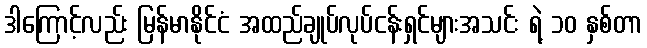
ဒါကြောင့်လည်း မြန်မာနိုင်ငံ အထည်ချုပ်လုပ်ငန်းရှင်များအသင်း ရဲ့ ၁၀ နှစ်တာ